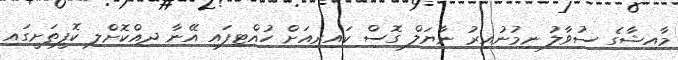
މާއިޝާގެ ސުވާލު ނިމުނުއިރު ނާޔަލް ގޮސް ކައިރިއަށް ހުއްޓިފައި އޭނާ ދިއްކޮށްލި ކޮފީތަށީގައި